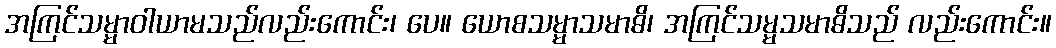
အကြင်သမ္မာဝါယာမသည်လည်းကောင်း၊ ပေ။ ယောစသမ္မာသမာဓိ၊ အကြင်သမ္မသမာဓိသည် လည်းကောင်း။